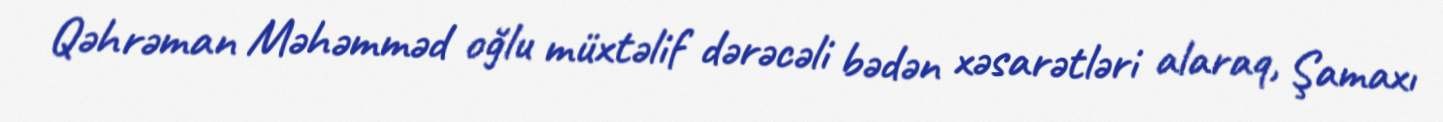
Qəhrəman Məhəmməd oğlu müxtəlif dərəcəli bədən xəsarətləri alaraq, Şamaxı